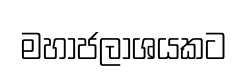
මහාජලාශයකට